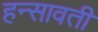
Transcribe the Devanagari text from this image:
हन्सावती